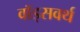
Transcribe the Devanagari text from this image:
वॉड्सवर्थ